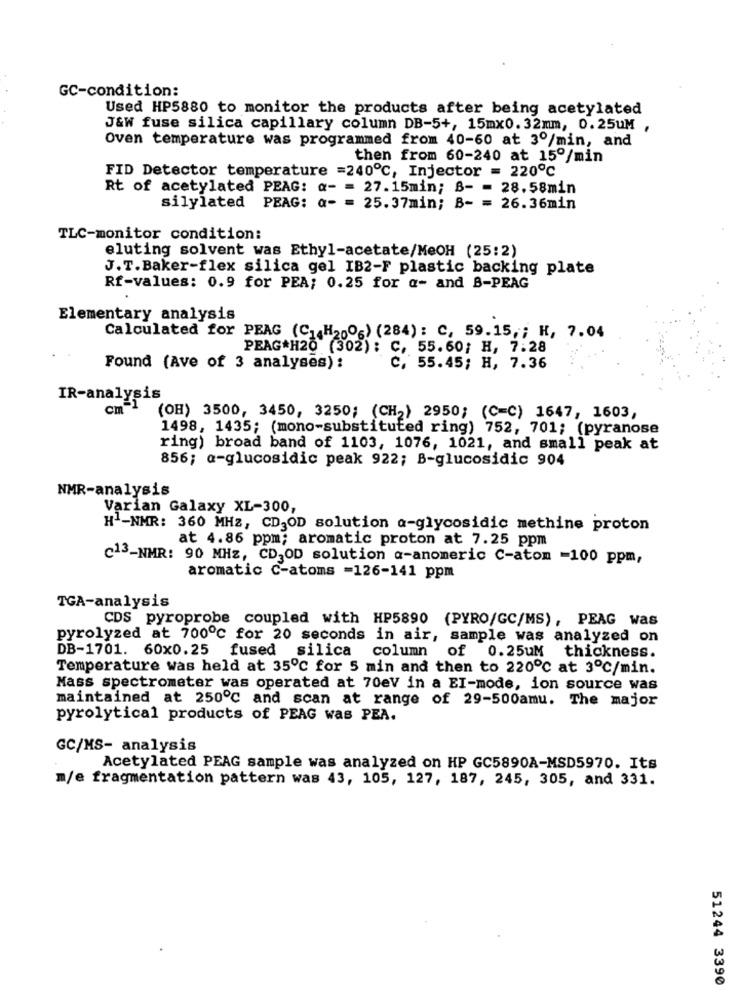
GC-condition:
Used HP5880 to monitor the products after being acetylated
J&W fuse silica capillary column DB-5+, 15mx0.32mm, 0.25UM ,
Oven temperature was programmed from 40-60 at 3º/min, and
then from 60-240 at 15º/min
FID Detector temperature =240℃, Injector = 220℃
Rt of acetylated PEAG: a- = 27.15min; B- = 28.58min
silylated PBAG: a- = 25.37min; B- = 26.36min
TLC-monitor condition:
eluting solvent was Ethyl-acetate/MeOH (25:2)
J.T.Baker-flex silica gel IB2-F plastic backing plate
Rf-values: 0.9 for PEA; 0.25 for a- and B-PEAG
Elementary analysis
Calculated for PEAG (C. H2006) (284) : C, 59.15 ,; H, 7.04
PEAG*H20 (302): C, 55.60; H, 7:28
Found (Ave of 3 analyses):
C. 55.45; H, 7.36
IR-analysis
cm-1
(OH) 3500, 3450, 3250; (CH2) 2950; (C=C) 1647, 1603,
1498, 1435; (mono-substituted ring) 752, 701; (pyranose
ring) broad band of 1103, 1076, 1021, and small peak at
856; a-glucosidic peak 922; B-glucosidic 904
NMR-analysis
Varian Galaxy XL-300,
HI-NMR: 360 MHZ, CD,OD solution a-glycosidic methine proton
at 4.86 ppm; aromatic proton at 7.25 ppm
c13-NMR: 90 MHZ, CD,OD solution a-anomeric C-atom =100 ppm,
aromatic C-atoms =126-141 ppm
TGA-analysis
CDS pyroprobe coupled with HP5890 (PYRO/GC/MS), PEAG was
pyrolyzed at 700℃ for 20 seconds in air, sample was analyzed on
DB-1701. 60x0.25 fused silica column of 0.25uM thickness.
Temperature was held at 35℃ for 5 min and then to 220℃ at 3℃/min.
Mass spectrometer was operated at 70eV in a EI-mode, ion source was
maintained at 250℃ and scan at range of 29-500amu. The major
pyrolytical products of PEAG was PEA.
GC/MS- analysis
Acetylated PEAG sample was analyzed on HP GC5890A-MSD5970. Its
m/e fragmentation pattern was 43, 105, 127, 187, 245, 305, and 331.
51244 3390